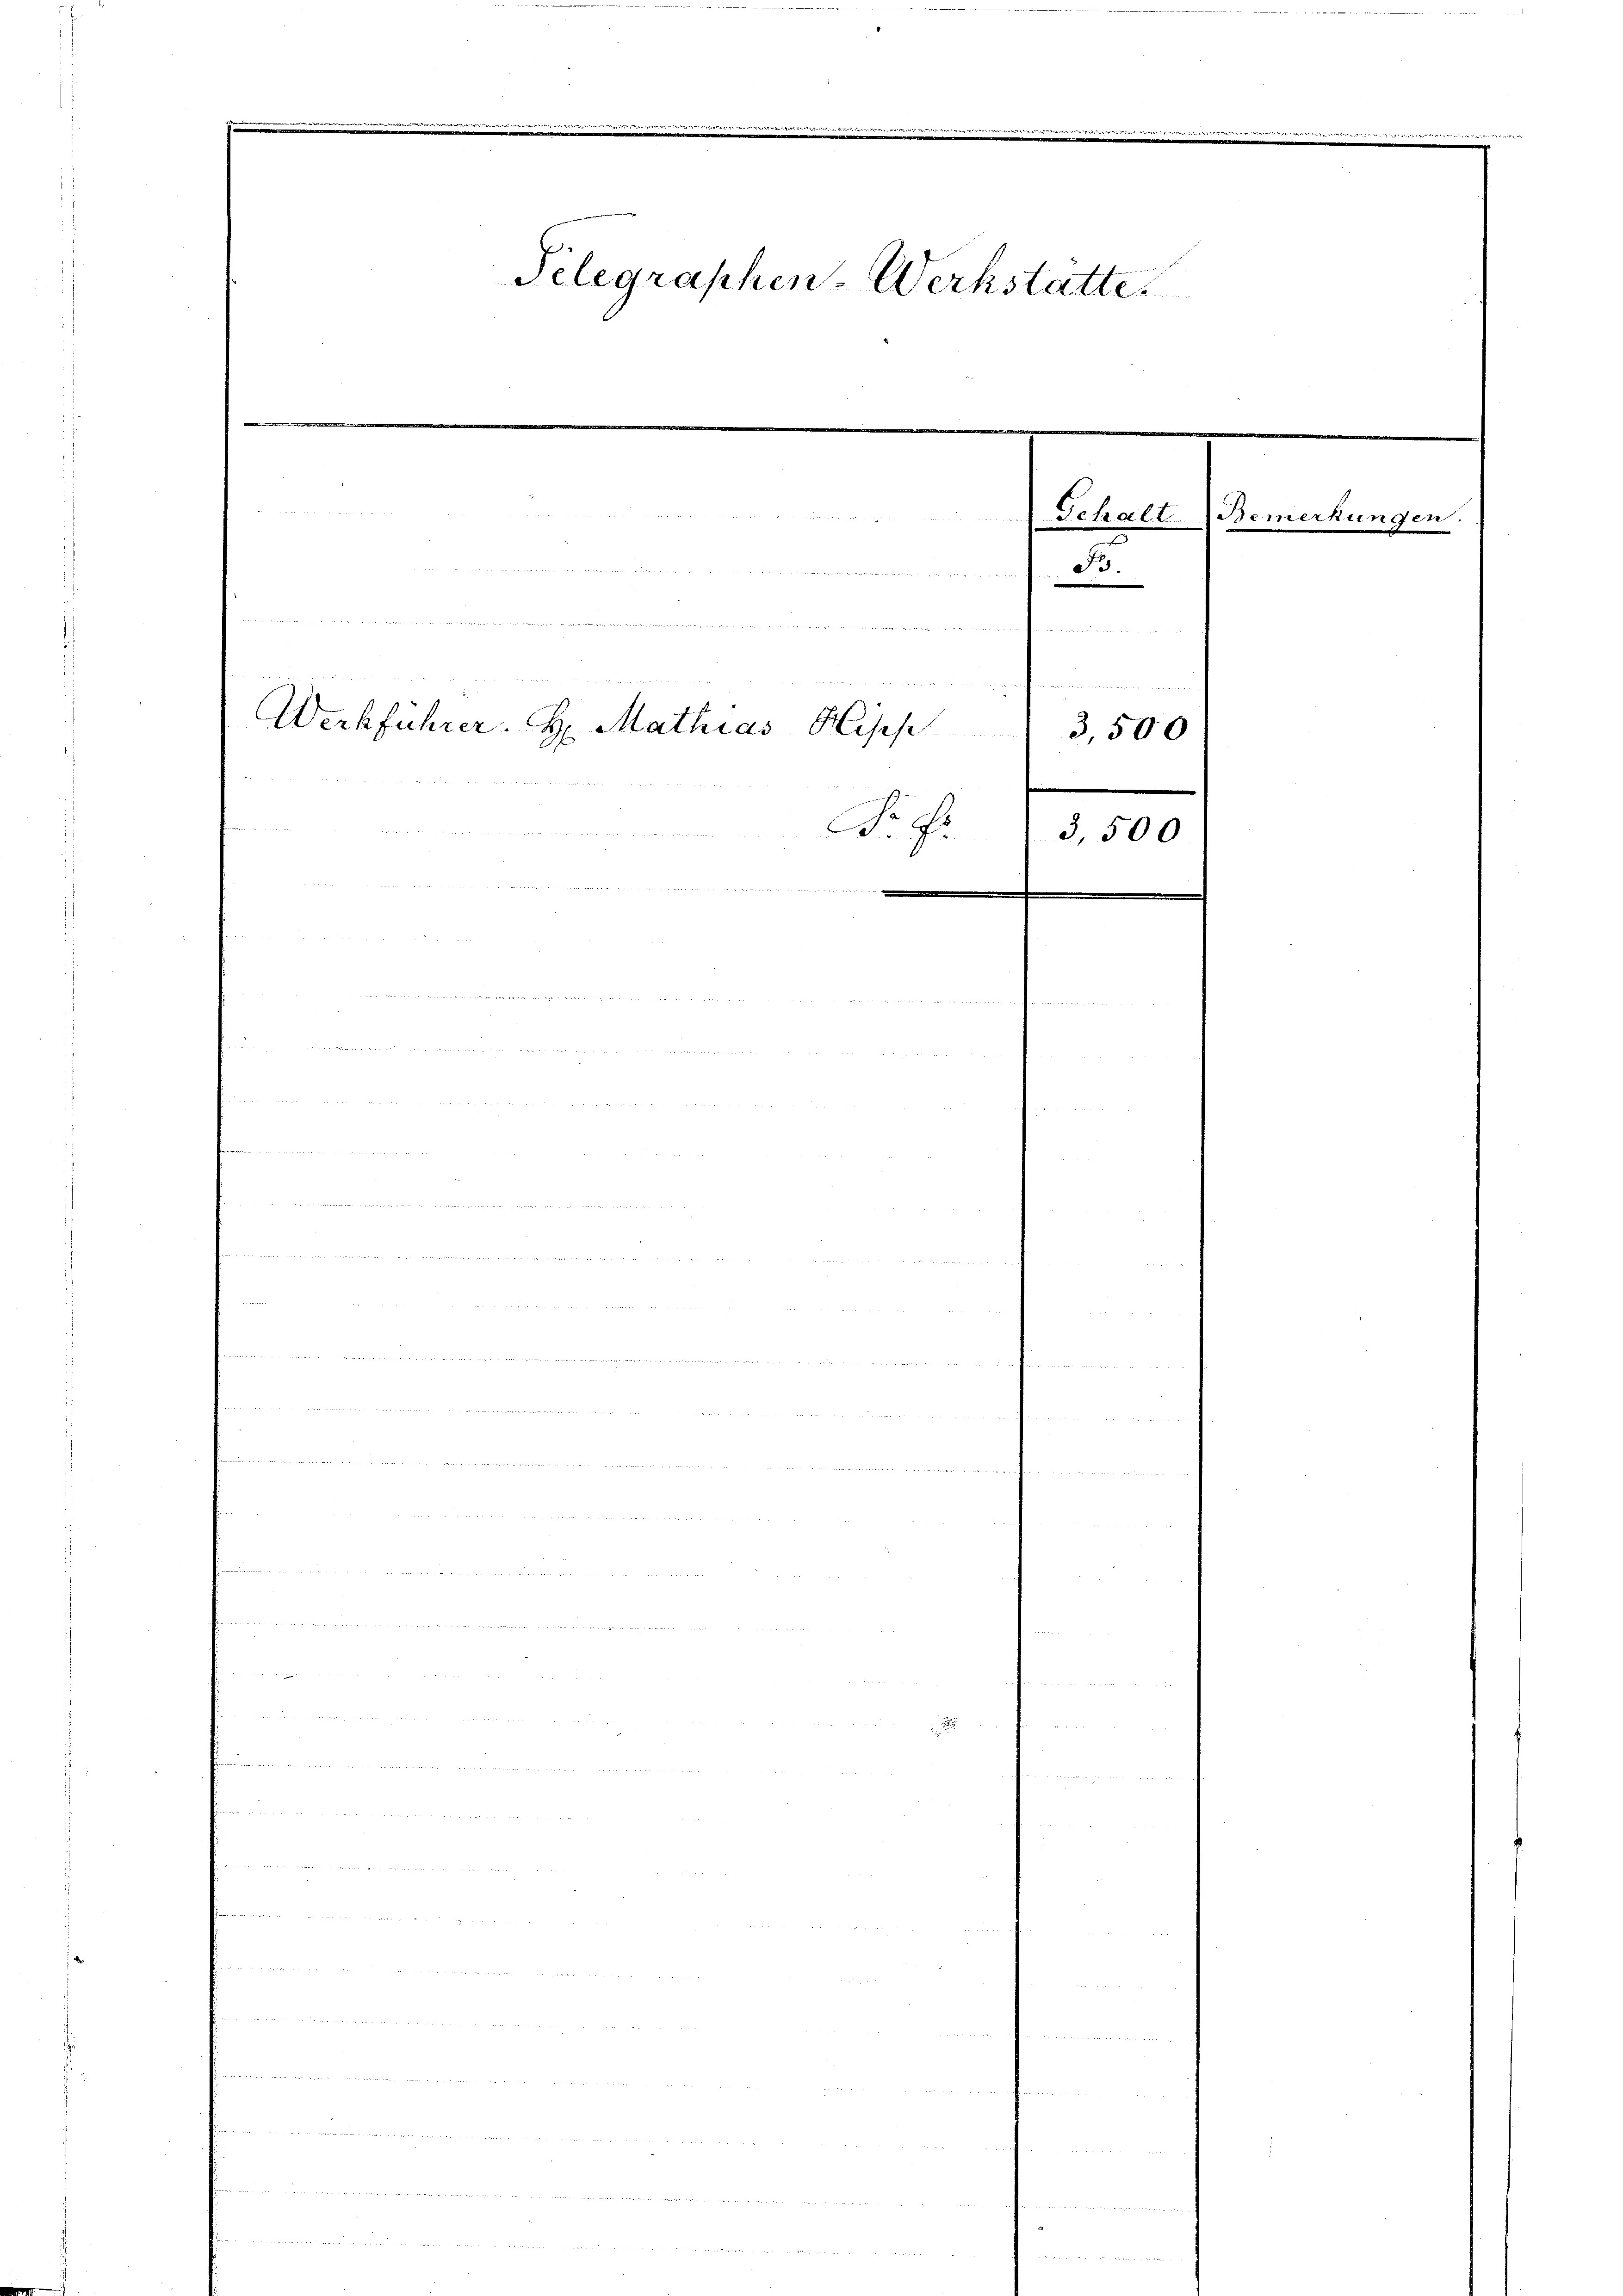
un

aenommen, um einen einer indern ein eine, er in er munter u. s. unterstellte Beleutenmann der wir in in
gegang in zu den werden
d
e
Werkführer. H. Mathias-Hosp
Fr. f.

Pelegraphen-Werkstatte.

B.
.

fe
3500
3,500

Gehalt Bemerkungen.